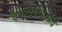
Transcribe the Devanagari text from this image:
दशाश्वमेघादि